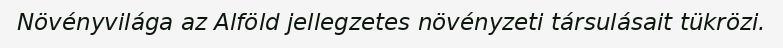
Növényvilága az Alföld jellegzetes növényzeti társulásait tükrözi.